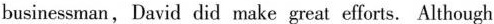
businessman,David did make great efforts. Although